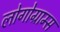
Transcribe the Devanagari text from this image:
लोगोग्राम्स